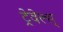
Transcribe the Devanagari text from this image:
ट्रेवेल्स्